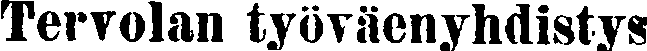
Tervolan työväenyhdistys